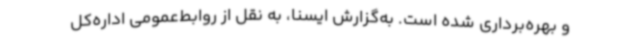
و بهره‌برداری شده است. به‌گزارش ایسنا، به نقل از روابط‌عمومی اداره‌کل